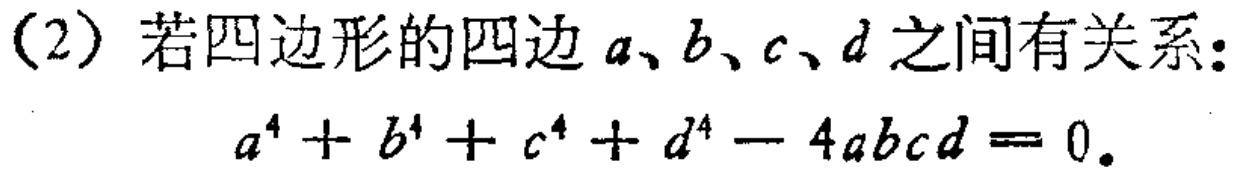
(2) 若四边形的四边 \(a、b、c、d\) 之间有关系：
\[
a^{4}+b^{4}+c^{4}+d^{4}-4abcd = 0.
\]